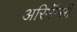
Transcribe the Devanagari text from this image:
अरिमॅन्सी